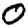
Digit: 0